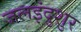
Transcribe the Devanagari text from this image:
जलइंदुशुर